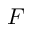
F